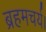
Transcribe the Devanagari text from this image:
ब्रहमचर्य।